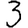
Digit: 3